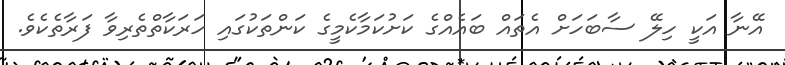
އޭނާ އަކީ ހިލޭ ސާބަހަށް އެތައް ބައެއްގެ ކަށުކަމާކެމީގެ ކަންތަކުގައި ހަރަކާތްތެރިވާ ފަރާތެކެވެ.